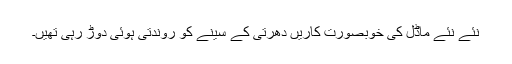
نئے نئے ماڈل کی خوبصورت کاریں دھرتی کے سینے کو روندتی ہوئی دوڑ رہی تھیں۔